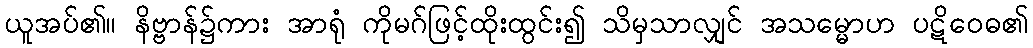
ယူအပ်၏။ နိဗ္ဗာန်၌ကား အာရုံ ကိုမဂ်ဖြင့်ထိုးထွင်း၍ သိမှသာလျှင် အသမ္မောဟ ပဋိဝေဓ၏